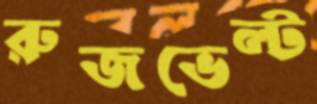
রুজভেল্ট